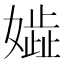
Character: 𡢋